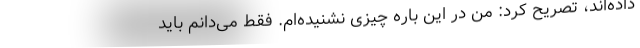
داده‌اند، تصریح کرد: من در این باره چیزی نشنیده‌ام. فقط می‌دانم باید